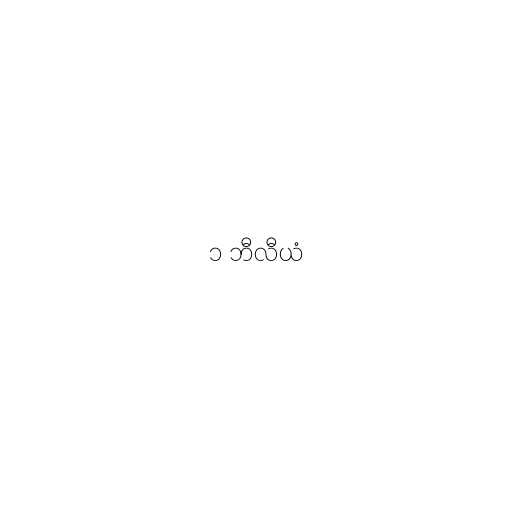
၁ ဘီလီယံ